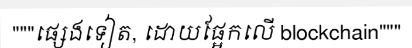
"""ផ្សេងទៀត, ដោយផ្អែកលើ blockchain"""